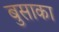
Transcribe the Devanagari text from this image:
बुसाका